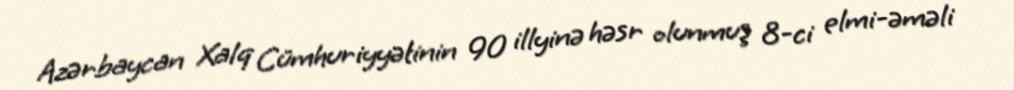
Azərbaycan Xalq Cümhuriyyətinin 90 illyinə həsr olunmuş 8-ci elmi-əməli